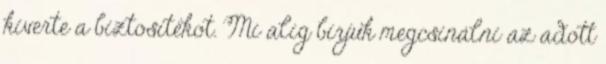
kiverte a biztosítékot. Mi alig bírjuk megcsinálni az adott